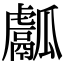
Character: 𤬝